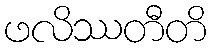
ဖလိဿတီတိ